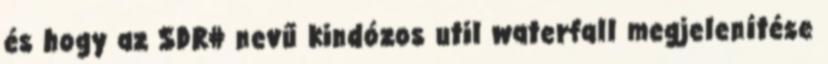
és hogy az SDR# nevű kindózos util waterfall megjelenítése